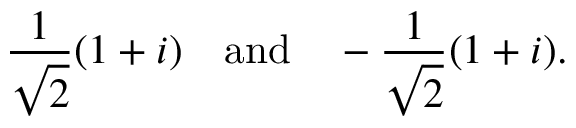
{ \frac { 1 } { \sqrt { 2 } } } ( 1 + i ) \quad { \mathrm { a n d } } \quad - { \frac { 1 } { \sqrt { 2 } } } ( 1 + i ) .